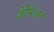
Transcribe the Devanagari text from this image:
ब्रेसिअर